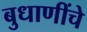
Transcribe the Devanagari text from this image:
बुधाणींचे